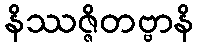
နိဿဇ္ဇိတဗ္ဗာနိ